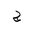
Letter: _gim